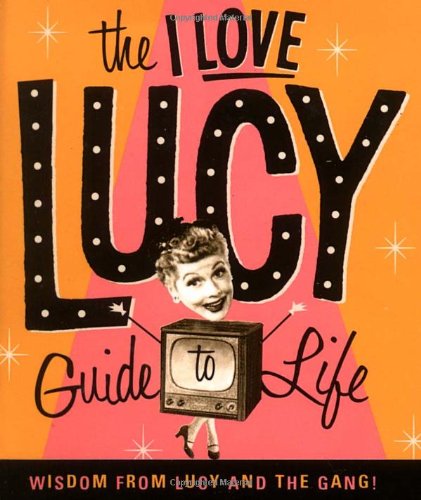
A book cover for The I Love Lucy Guide To Life: Wisdom From Lucy And The Gang; Lucie Arnaz; Humor & Entertainment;